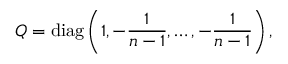
Q = \mathrm { d i a g } \left( 1 , - { \frac { 1 } { n - 1 } } , \ldots , - { \frac { 1 } { n - 1 } } \right) ,